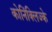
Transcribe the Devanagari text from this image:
कोनिंक्लिज्के